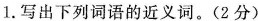
1.写出下列词语的近义词。(2分)